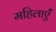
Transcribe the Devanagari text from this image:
महिलाएंँ